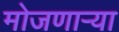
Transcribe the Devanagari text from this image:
मोजणार्‍या